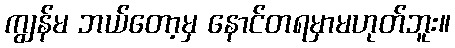
ကျွန်မ ဘယ်တော့မှ နောင်တရမှာမဟုတ်ဘူး။